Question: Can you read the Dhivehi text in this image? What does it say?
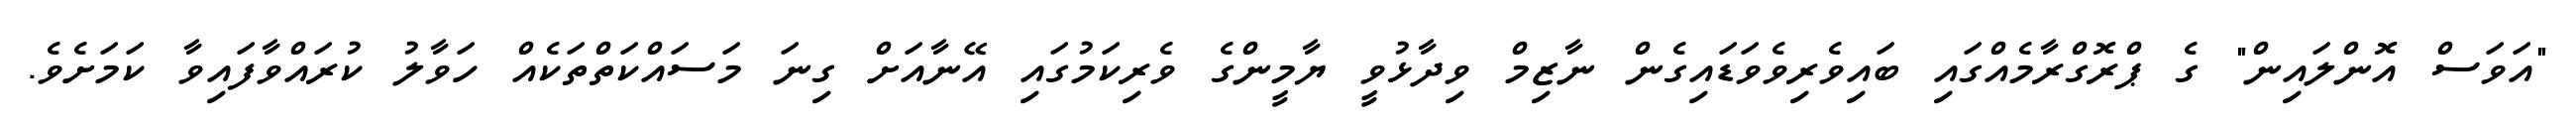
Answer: "އަވަސް އޮންލައިން" ގެ ޕްރޮގްރާމެއްގައި ބައިވެރިވެވަޑައިގެން ނާޒިމް ވިދާޅުވީ ޔާމީންގެ ވެރިކަމުގައި އޭނާއަށް ގިނަ މަސައްކަތްތަކެއް ހަވާލު ކުރައްވާފައިވާ ކަމަށެވެ.